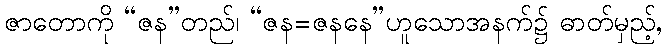
ဇာတောကို “ဇန”တည်၊ “ဇန=ဇနနေ”ဟူသောအနက်၌ ဓာတ်မှည့်,